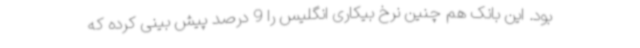
بود. این بانک هم چنین نرخ بیکاری انگلیس را 9 درصد پیش بینی کرده که